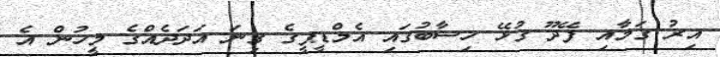
އިރު ގަމާއި ފޭދޫ ގުޅޭ ހިސާބުގައި އެމްޑީޕީގެ ގިނަ އަދަދެއްގެ މީހުން އެ